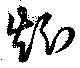
矧